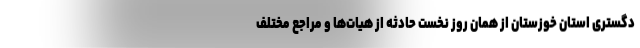
دگستری استان خوزستان از همان روز نخست حادثه از هیات‌ها و مراجع مختلف